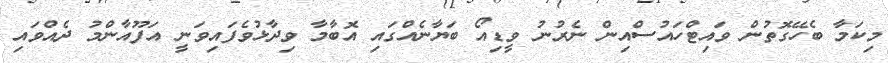
މިކަމާ ބެހޭގޮތުން ވައިޓްހައުސްއިން ނެރުނު ވީޑިއޯ ބަޔާނެއްގައި އޮބާމާ ވިދާޅުވެފައިވަނީ އަފޫއާންމު ދެއްވައި